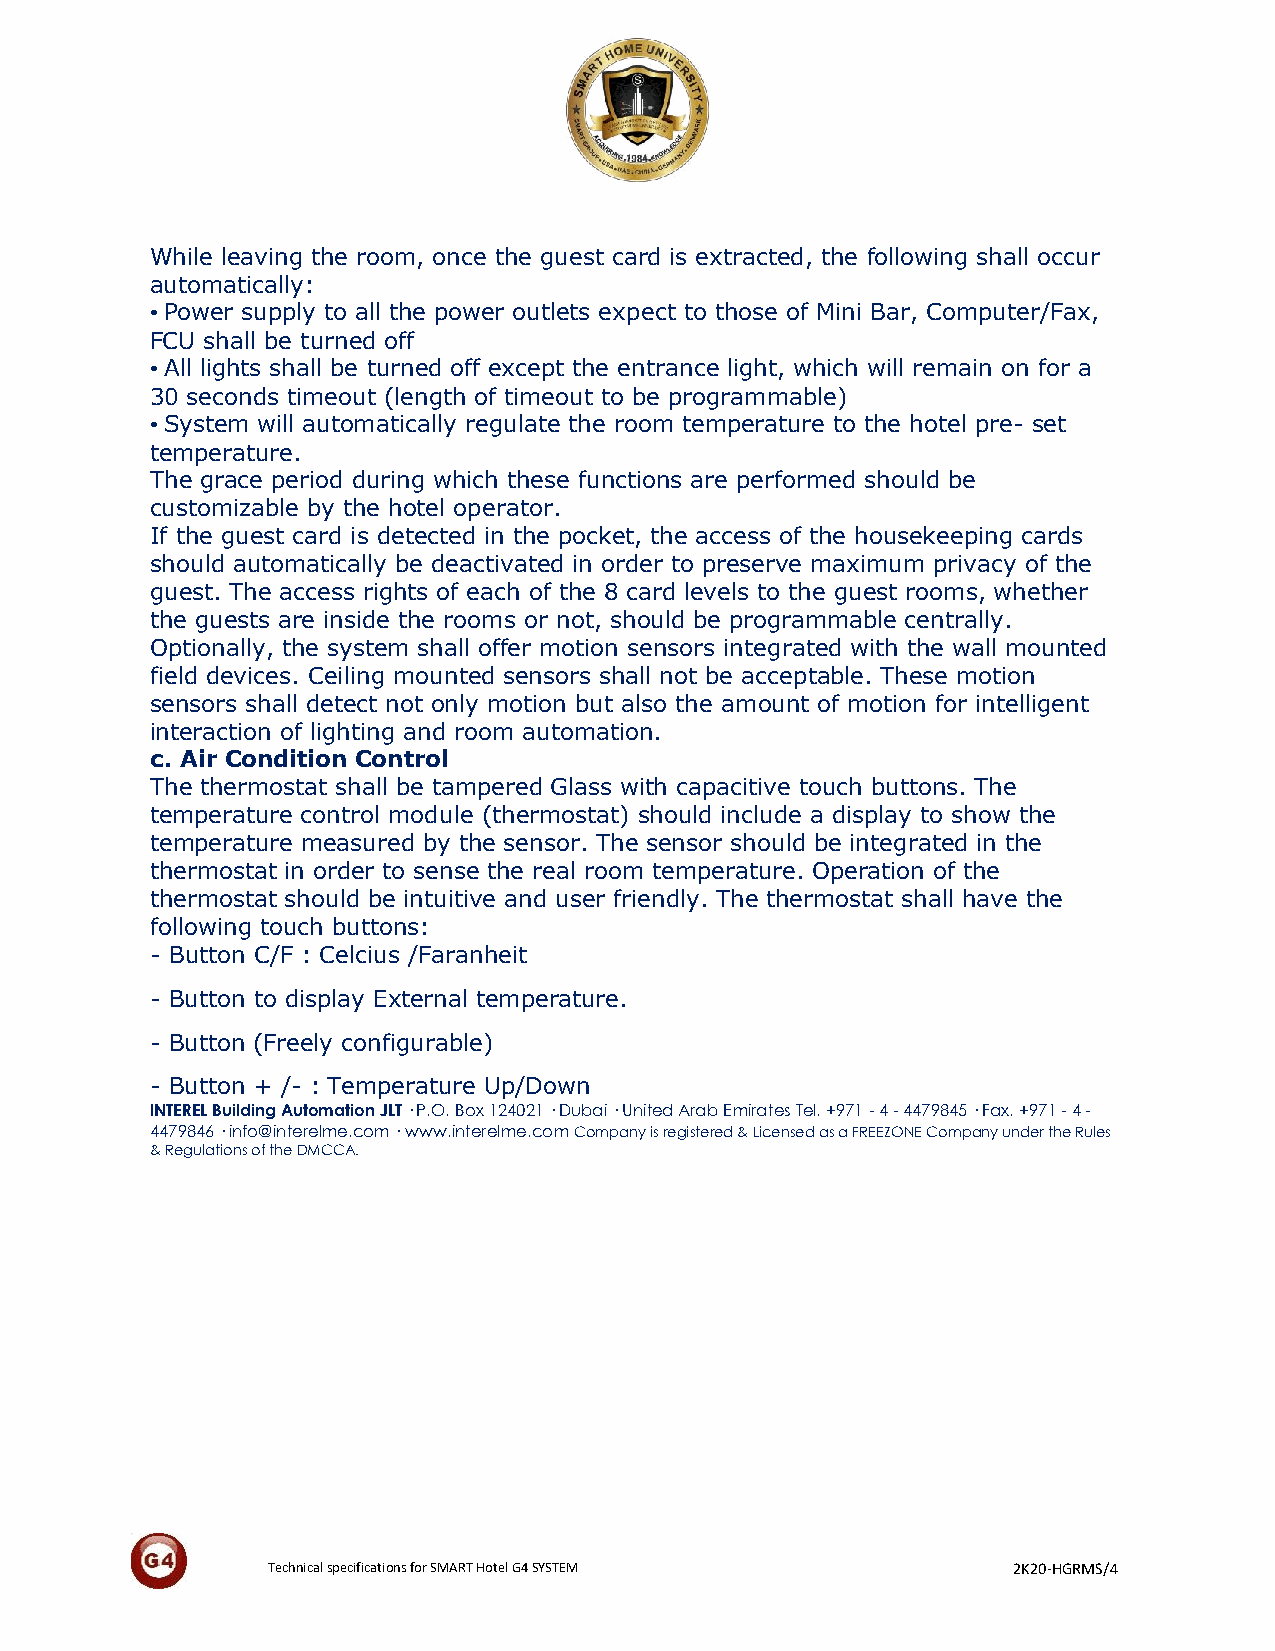
While leaving the room, once the guest card is extracted, the following shall occur
 automatically:
 • Power supply to all the power outlets expect to those of Mini Bar, Computer/Fax,
 FCU shall be turned off
 • All lights shall be turned off except the entrance light, which will remain on for a
 30 seconds timeout (length of timeout to be programmable)
 • System will automatically regulate the room temperature to the hotel pre- set
 temperature.
 The grace period during which these functions are performed should be
 customizable by the hotel operator.
 If the guest card is detected in the pocket, the access of the housekeeping cards
 should automatically be deactivated in order to preserve maximum privacy of the
 guest. The access rights of each of the 8 card levels to the guest rooms, whether
 the guests are inside the rooms or not, should be programmable centrally.
 Optionally, the system shall offer motion sensors integrated with the wall mounted
 field devices. Ceiling mounted sensors shall not be acceptable. These motion
 sensors shall detect not only motion but also the amount of motion for intelligent
 interaction of lighting and room automation.
 c. Air Condition Control
 The thermostat shall be tampered Glass with capacitive touch buttons. The
 temperature control module (thermostat) should include a display to show the
 temperature measured by the sensor. The sensor should be integrated in the
 thermostat in order to sense the real room temperature. Operation of the
 thermostat should be intuitive and user friendly. The thermostat shall have the
 following touch buttons:
 - Button C/F : Celcius /Faranheit
 - Button to display External temperature.
 - Button (Freely configurable)
 - Button + /- : Temperature Up/Down
 INTEREL Building Automation JLT · P.O. Box 124021 · Dubai · United Arab Emirates Tel. +971 - 4 - 4479845 · Fax. +971 - 4 -
 4479846 · info@interelme.com · www.interelme.com Company is registered & Licensed as a FREEZONE Company under the Rules
 & Regulations of the DMCCA.
 Technical specifications for SMART Hotel G4 SYSTEM 2K20-HGRMS/4